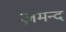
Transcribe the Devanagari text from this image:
ज़मन्द